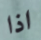
اذا